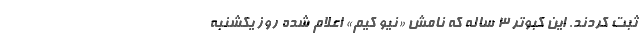
ثبت کردند. این کبوتر ۳ ساله که نامش «نیو کیم» اعلام شده روز یکشنبه